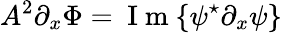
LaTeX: A^{2}\partial_{x}\Phi=\mathrm{~I~m~}\{ \psi^{\star}\partial_{x}\psi\}